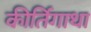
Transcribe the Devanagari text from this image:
कीर्तिगाथा